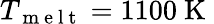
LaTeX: T_{\mathrm{~m~e~l~t~}}=1100\mathrm{~K~}